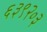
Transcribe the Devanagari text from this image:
६३९२०३